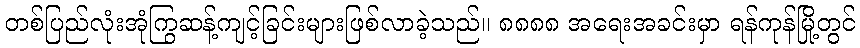
တစ်ပြည်လုံးအုံကြွဆန့်ကျင့်ခြင်းများဖြစ်လာခဲ့သည်။ ၈၈၈၈ အရေးအခင်းမှာ ရန်ကုန်မြို့တွင်